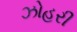
ઝોહરી